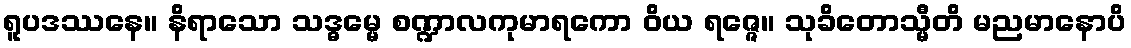
ရူပဒဿနေ။ နိရာသော သဒ္ဓမ္မေ စဏ္ဍာလကုမာရကော ဝိယ ရဇ္ဇေ။ သုခိတောသ္မီတိ မညမာနောပိ